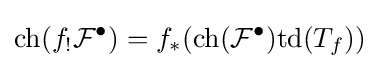
\mathrm {ch} (f_{!}{\mathcal {F}}^{\bullet })=f_{*}(\mathrm {ch} ({\mathcal {F}}^{\bullet })\mathrm {td} (T_{f}))